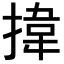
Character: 𢯷